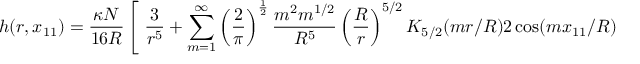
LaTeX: h ( r , x _ { 1 1 } ) = \frac { \kappa N } { 1 6 R } \left[ \; \frac { 3 } { r ^ { 5 } } + \sum _ { m = 1 } ^ { \infty } \left( \frac { 2 } { \pi } \right) ^ { \frac { 1 } { 2 } } \frac { m ^ { 2 } m ^ { 1 / 2 } } { R ^ { 5 } } \left( \frac { R } { r } \right) ^ { 5 / 2 } K _ { 5 / 2 } ( m r / R ) 2 \cos ( m x _ { 1 1 } / R ) \; \right] .